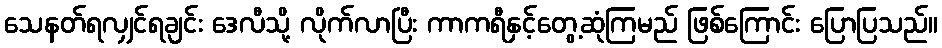
သေနတ်ရလျှင်ရချင်း ဒေလီသို့ လိုက်လာပြီး ကာကရီနှင့်တွေ့ဆုံကြမည် ဖြစ်ကြောင်း ပြောပြသည်။